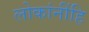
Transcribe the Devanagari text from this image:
लोकांनींहि